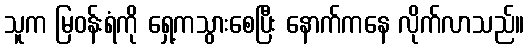
သူက မြဝန်းရံကို ရှေ့ကသွားစေပြီး နောက်ကနေ လိုက်လာသည်။